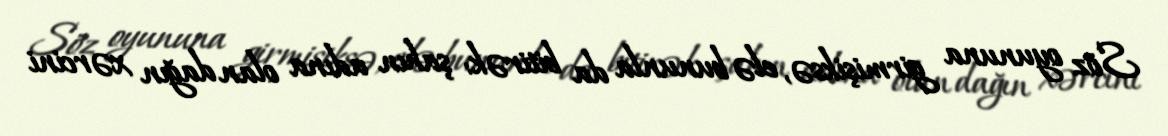
Söz oyununa girmişiksə, elə bununla da bitirək: şahın adına olan dağın xərcini